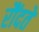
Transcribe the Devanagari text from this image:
रौंदते